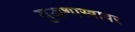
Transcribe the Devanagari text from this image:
युद्धशास्त्रावर